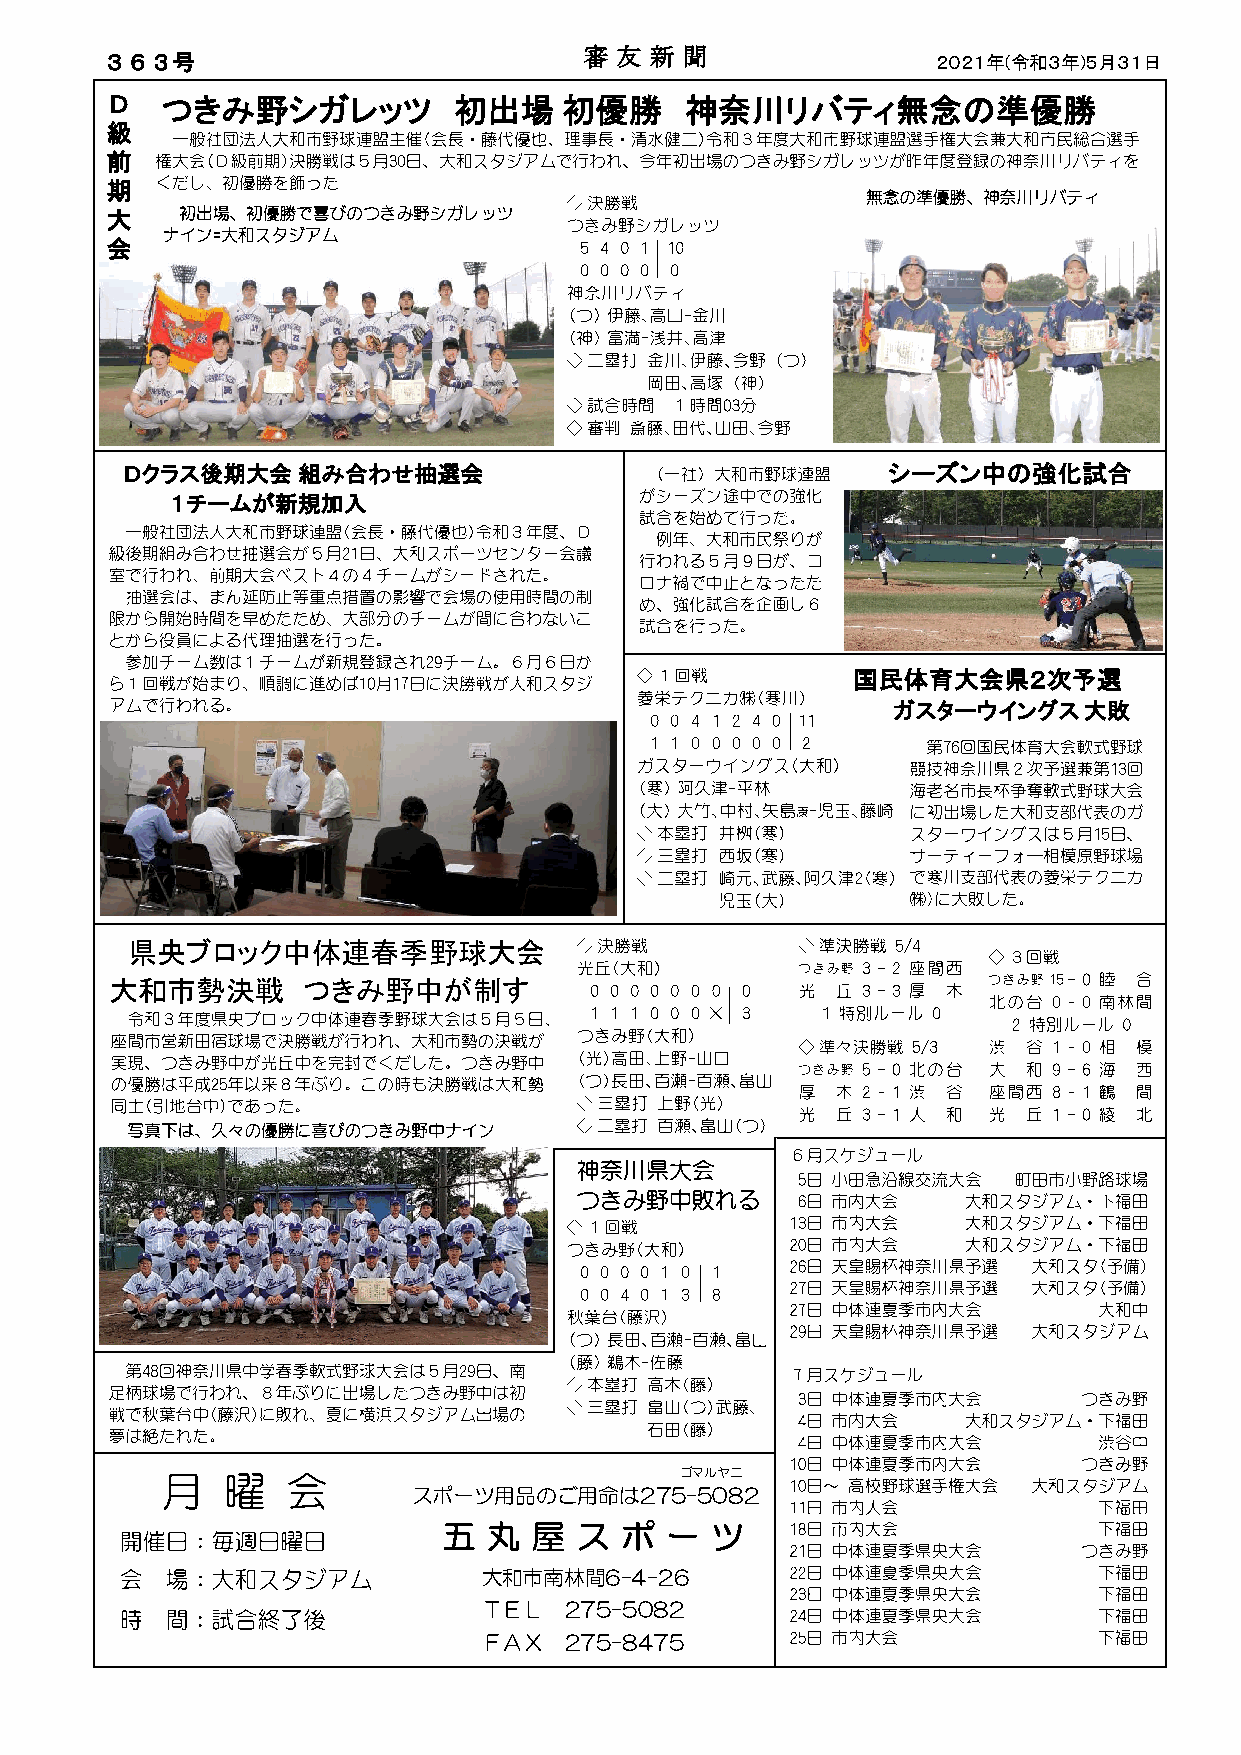
審 友 新 聞
 ３６３号                                                   ２０２１年(令和３年)５月３１日
 Ｄ   つきみ野シガレッツ          初出場    初優勝     神奈川リバティ無念の準優勝
 級
 前
 期
 大
 会
 Ｄクラス後期大会組み合わせ抽選会                                   シーズン中の強化試合
 １チームが新規加入
 国民体育大会県２次予選
 ガスターウイングス大敗
 県央ブロック中体連春季野球大会
 大和市勢決戦       つきみ野中が制す
 ✕
 ゴマルヤニ
 スポーツ用品のご用命は275-5082
 五  丸  屋  ス  ポ  ー  ツ
 大和市南林間6-4-26
 ＴＥＬ  275-5082
 ＦＡＸ  275-8475